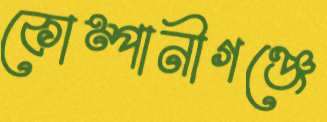
কোম্পানীগঞ্জে